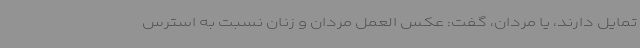
تمایل دارند، یا مردان، گفت: عکس العمل مردان و زنان نسبت به استرس